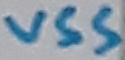
Text: VSS